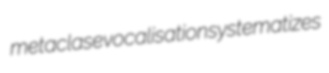
metaclase vocalisation systematizes